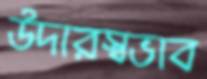
উদারস্বভাব